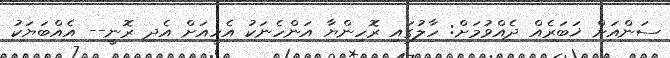
ސަންއަށް ޚަބަރެއް ދެއްވުމަށް: ހާލުގައި ރޮހިންޔާ އަންހެނަކު އެހީއަށް އެދި ރޮނީ-- އެއްބަޔަކު